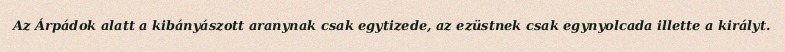
Az Árpádok alatt a kibányászott aranynak csak egytizede, az ezüstnek csak egynyolcada illette a királyt.